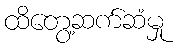
ထိတွေ့ဆက်ဆံမှု